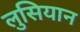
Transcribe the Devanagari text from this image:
लुसियान